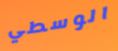
الوسطي